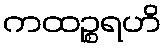
ကထဉ္စရဟိ